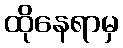
ထိုနေရာမှ